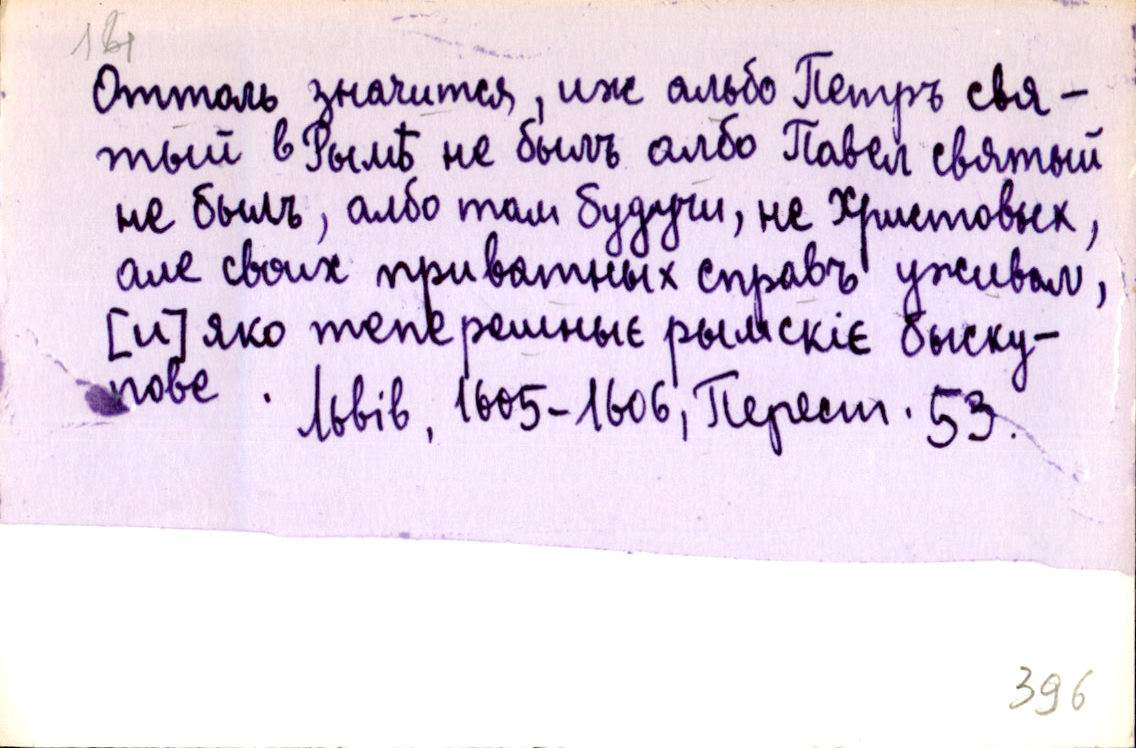
Оттоль значится, иж альбо Петръ свя-
тый в Рымѣ не былъ албо Павел святый
не былъ, албо там будучи, не Христовых,
але своих приватных справъ уживал,
[и] яко тепєрешныє рымскіє быску-
пове .
Львів, 1605-1606, Перест. 53.